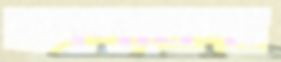
কাগাবগা